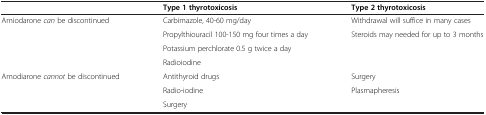
<table><thead><tr><td><b> </b></td><td><b>Type 1 thyrotoxicosis</b></td><td><b>Type 2 thyrotoxicosis</b></td></tr></thead><tbody><tr><td rowspan="4">Amiodarone <i>can</i> be discontinued</td><td>Carbimazole, 40-60 mg/day</td><td>Withdrawal will suffice in many cases</td></tr><tr><td>Propylthiouracil 100-150 mg four times a day</td><td>Steroids may needed for up to 3 months</td></tr><tr><td>Potassium perchlorate 0.5 g twice a day</td><td rowspan="2"> </td></tr><tr><td>Radioiodine</td></tr><tr><td rowspan="2">Amodiarone <i>cannot</i> be discontinued</td><td>Antithyroid drugs</td><td>Surgery</td></tr><tr><td>Radio-iodine</td><td>Plasmapheresis</td></tr><tr><td> </td><td>Surgery</td><td> </td></tr></tbody></table>